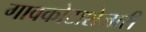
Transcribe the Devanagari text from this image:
गावकोटाशेजारी